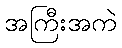
အကြီးအကဲ